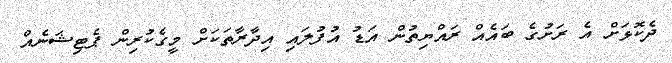
ދެކޮޅަށް އެ ރަށުގެ ބައެއް ރައްޔިތުން އަޑު އުފުލައި އިދާރާތަކަށް މީގެކުރިން ޕެޓިޝަނެއް